Document type: Sale
Year: 1354
Scribe: Bernat de Torre
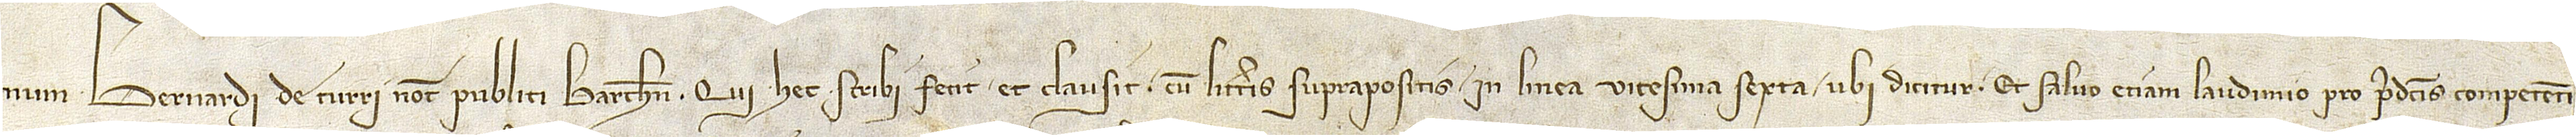
num Bernardi de Turri, notarii publici Barchinone, qui hec scribi fecit et clausit cum litteris suprapositis in linea vicesima sexta, ubi dicitur “Et salvo etiam laudimio pro predictis competenti